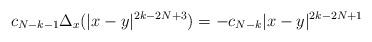
LaTeX: \begin{align*}c_{N-k-1} \Delta_x (|x-y|^{2k-2N+3}) = -c_{N-k} |x-y|^{2k-2N+1} \end{align*}